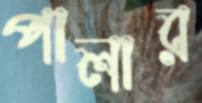
পালার